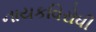
નાયકવિરોધી